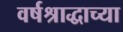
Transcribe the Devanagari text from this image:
वर्षश्राद्धाच्या